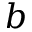
b